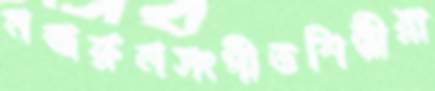
নজরুলসংগীতশিল্পীরা